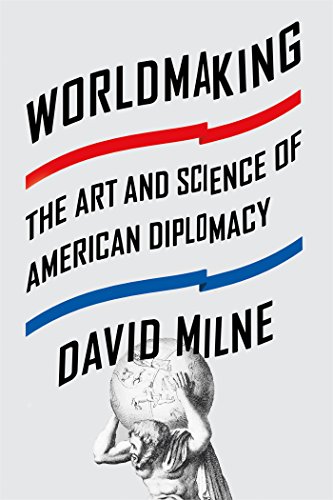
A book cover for Worldmaking: The Art and Science of American Diplomacy; David Milne; Politics & Social Sciences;